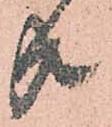
共